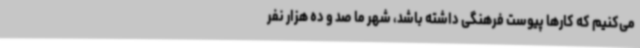
می‌کنیم که کارها پیوست فرهنگی داشته باشد، شهر ما صد و ده هزار نفر